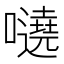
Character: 𡃺